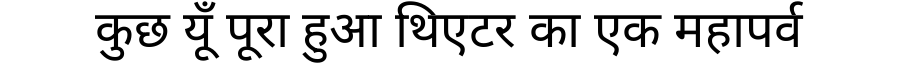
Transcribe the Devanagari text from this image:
कुछ यूँ पूरा हुआ थिएटर का एक महापर्व